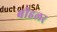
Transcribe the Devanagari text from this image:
बीहलर